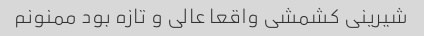
شیرینی کشمشی واقعا عالی و تازه بود ممنونم